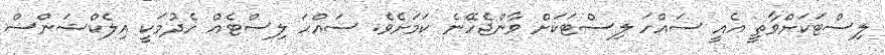
ލިސްޓަކަށްވާތީ އެއީ ސައްހަ ލިސްޓަކަށް ވާންޖެހޭނެ ކަމަށެވެ. ސައްހަ ލިސްޓެއް ހެދުމަކީ އިލެކްޝަންސް